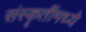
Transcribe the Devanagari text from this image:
संस्कॄतींमध्ये